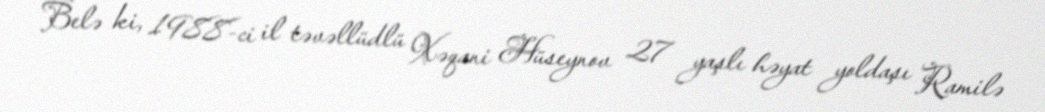
Belə ki, 1988-ci il təvəllüdlü Xəqani Hüseynov 27 yaşlı həyat yoldaşı Ramilə